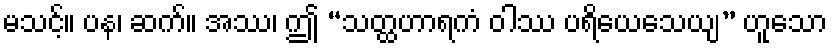
မသင့်။ ပန၊ ဆက်။ အဿ၊ ဤ “သတ္ထဟာရကံ ဝါဿ ပရိယေသေယျ” ဟူသော